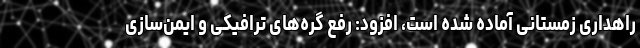
راهداری زمستانی آماده شده است، افزود: رفع گره‌های ترافیکی و ایمن‌سازی